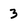
Character: 3